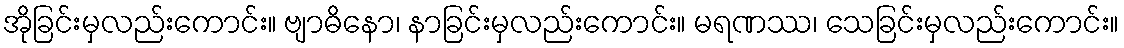
အိုခြင်းမှလည်းကောင်း။ ဗျာဓိနော၊ နာခြင်းမှလည်းကောင်း။ မရဏဿ၊ သေခြင်းမှလည်းကောင်း။